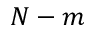
N - m